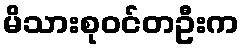
မိသားစုဝင်တဦးက